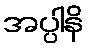
အပ္ပါနိ